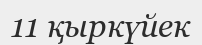
11 қыркүйек